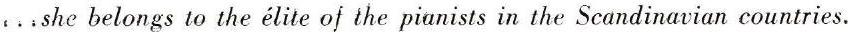
. . .she belongs to the élite of the pianists in the Scandinavian countries.